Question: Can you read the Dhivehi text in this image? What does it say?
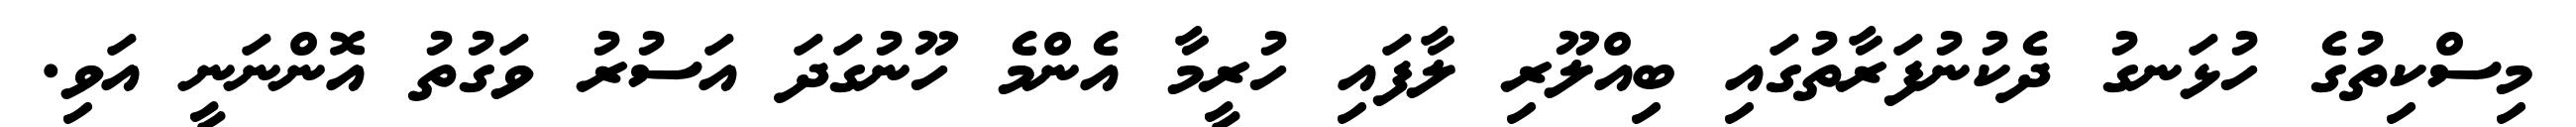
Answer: މިސްކިތުގެ ހުޅަނގު ދެކުނުފަރާތުގައި ބިއްލޫރި ލާފައި ހުރީމާ އެންމެ ހޫނުގަދަ އަސުރު ވަގުތު އޮންނަނީ އަވި.